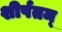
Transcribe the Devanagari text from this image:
शीर्षतम्